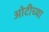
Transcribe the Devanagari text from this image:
ओटीच्या